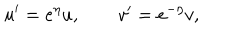
u ^ { \prime } = e ^ { \eta } u , \qquad v ^ { \prime } = e ^ { - \eta } v ,